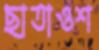
ছাতাওশ